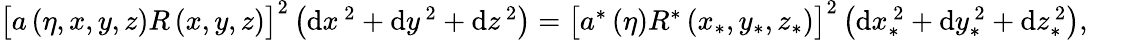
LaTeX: \begin{array}{r}{\big[a\left(\eta,x,y,z\right)R\left(x,y,z\right)\big]^{2}\left(\mathrm{d}x^{\, 2}+\mathrm{d}y^{\, 2}+\mathrm{d}z^{\, 2}\right)=\big[a^{\ast}\left(\eta\right)R^{\ast}\left(x_{\ast},y_{\ast},z_{\ast}\right)\big]^{2}\left(\mathrm{d}x_{\ast}^{\, 2}+\mathrm{d}y_{\ast}^{\, 2}+\mathrm{d}z_{\ast}^{\, 2}\right),~~~~~~}\end{array}